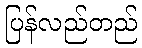
ပြန်လည်တည်